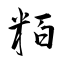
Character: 粨